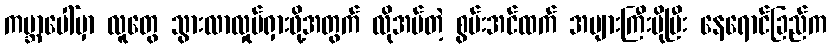
ကမ္ဘာပေါ်မှာ လူတွေ သွားလာလှုပ်ရှားဖို့အတွက် လိုအပ်တဲ့ စွမ်းအင်ထက် အများကြီးပိုပြီး နေရောင်ခြည်က